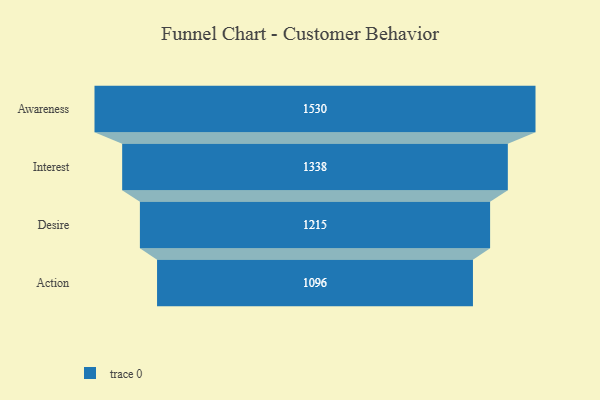
{"axis": {"x": "Stage", "y": "Value"}, "legend": [""], "data": [{"x": "Awareness", "y": 1530.0, "type": ""}, {"x": "Interest", "y": 1338.0, "type": ""}, {"x": "Desire", "y": 1215.0, "type": ""}, {"x": "Action", "y": 1096.0, "type": ""}]}